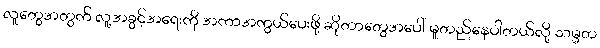
လူတွေအတွက် လူ့အခွင့်အရေးကို အကာအကွယ်ပေးဖို့ ဆိုတာတွေအပေါ် မူတည်နေပါတယ်လို့ သမ္မတ